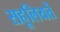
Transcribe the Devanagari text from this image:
सहूलियतें